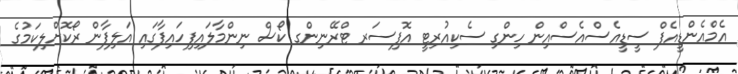
އެމްއެންޑީއެފް ސީޑީއެސްއެސްއިން ހިންގި ސެކިއުރިޓީ އޮފިސަރ ޓްރޭނިންގ ކޯސް ނިންމާލައިފިހައިފާގައި އަލިފާން ރޯކޮށްލިކަމުގެ